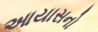
આયાસનો